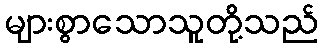
များစွာသောသူတို့သည်